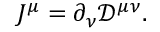
J ^ { \mu } = \partial _ { \nu } { \mathcal { D } } ^ { \mu \nu } .